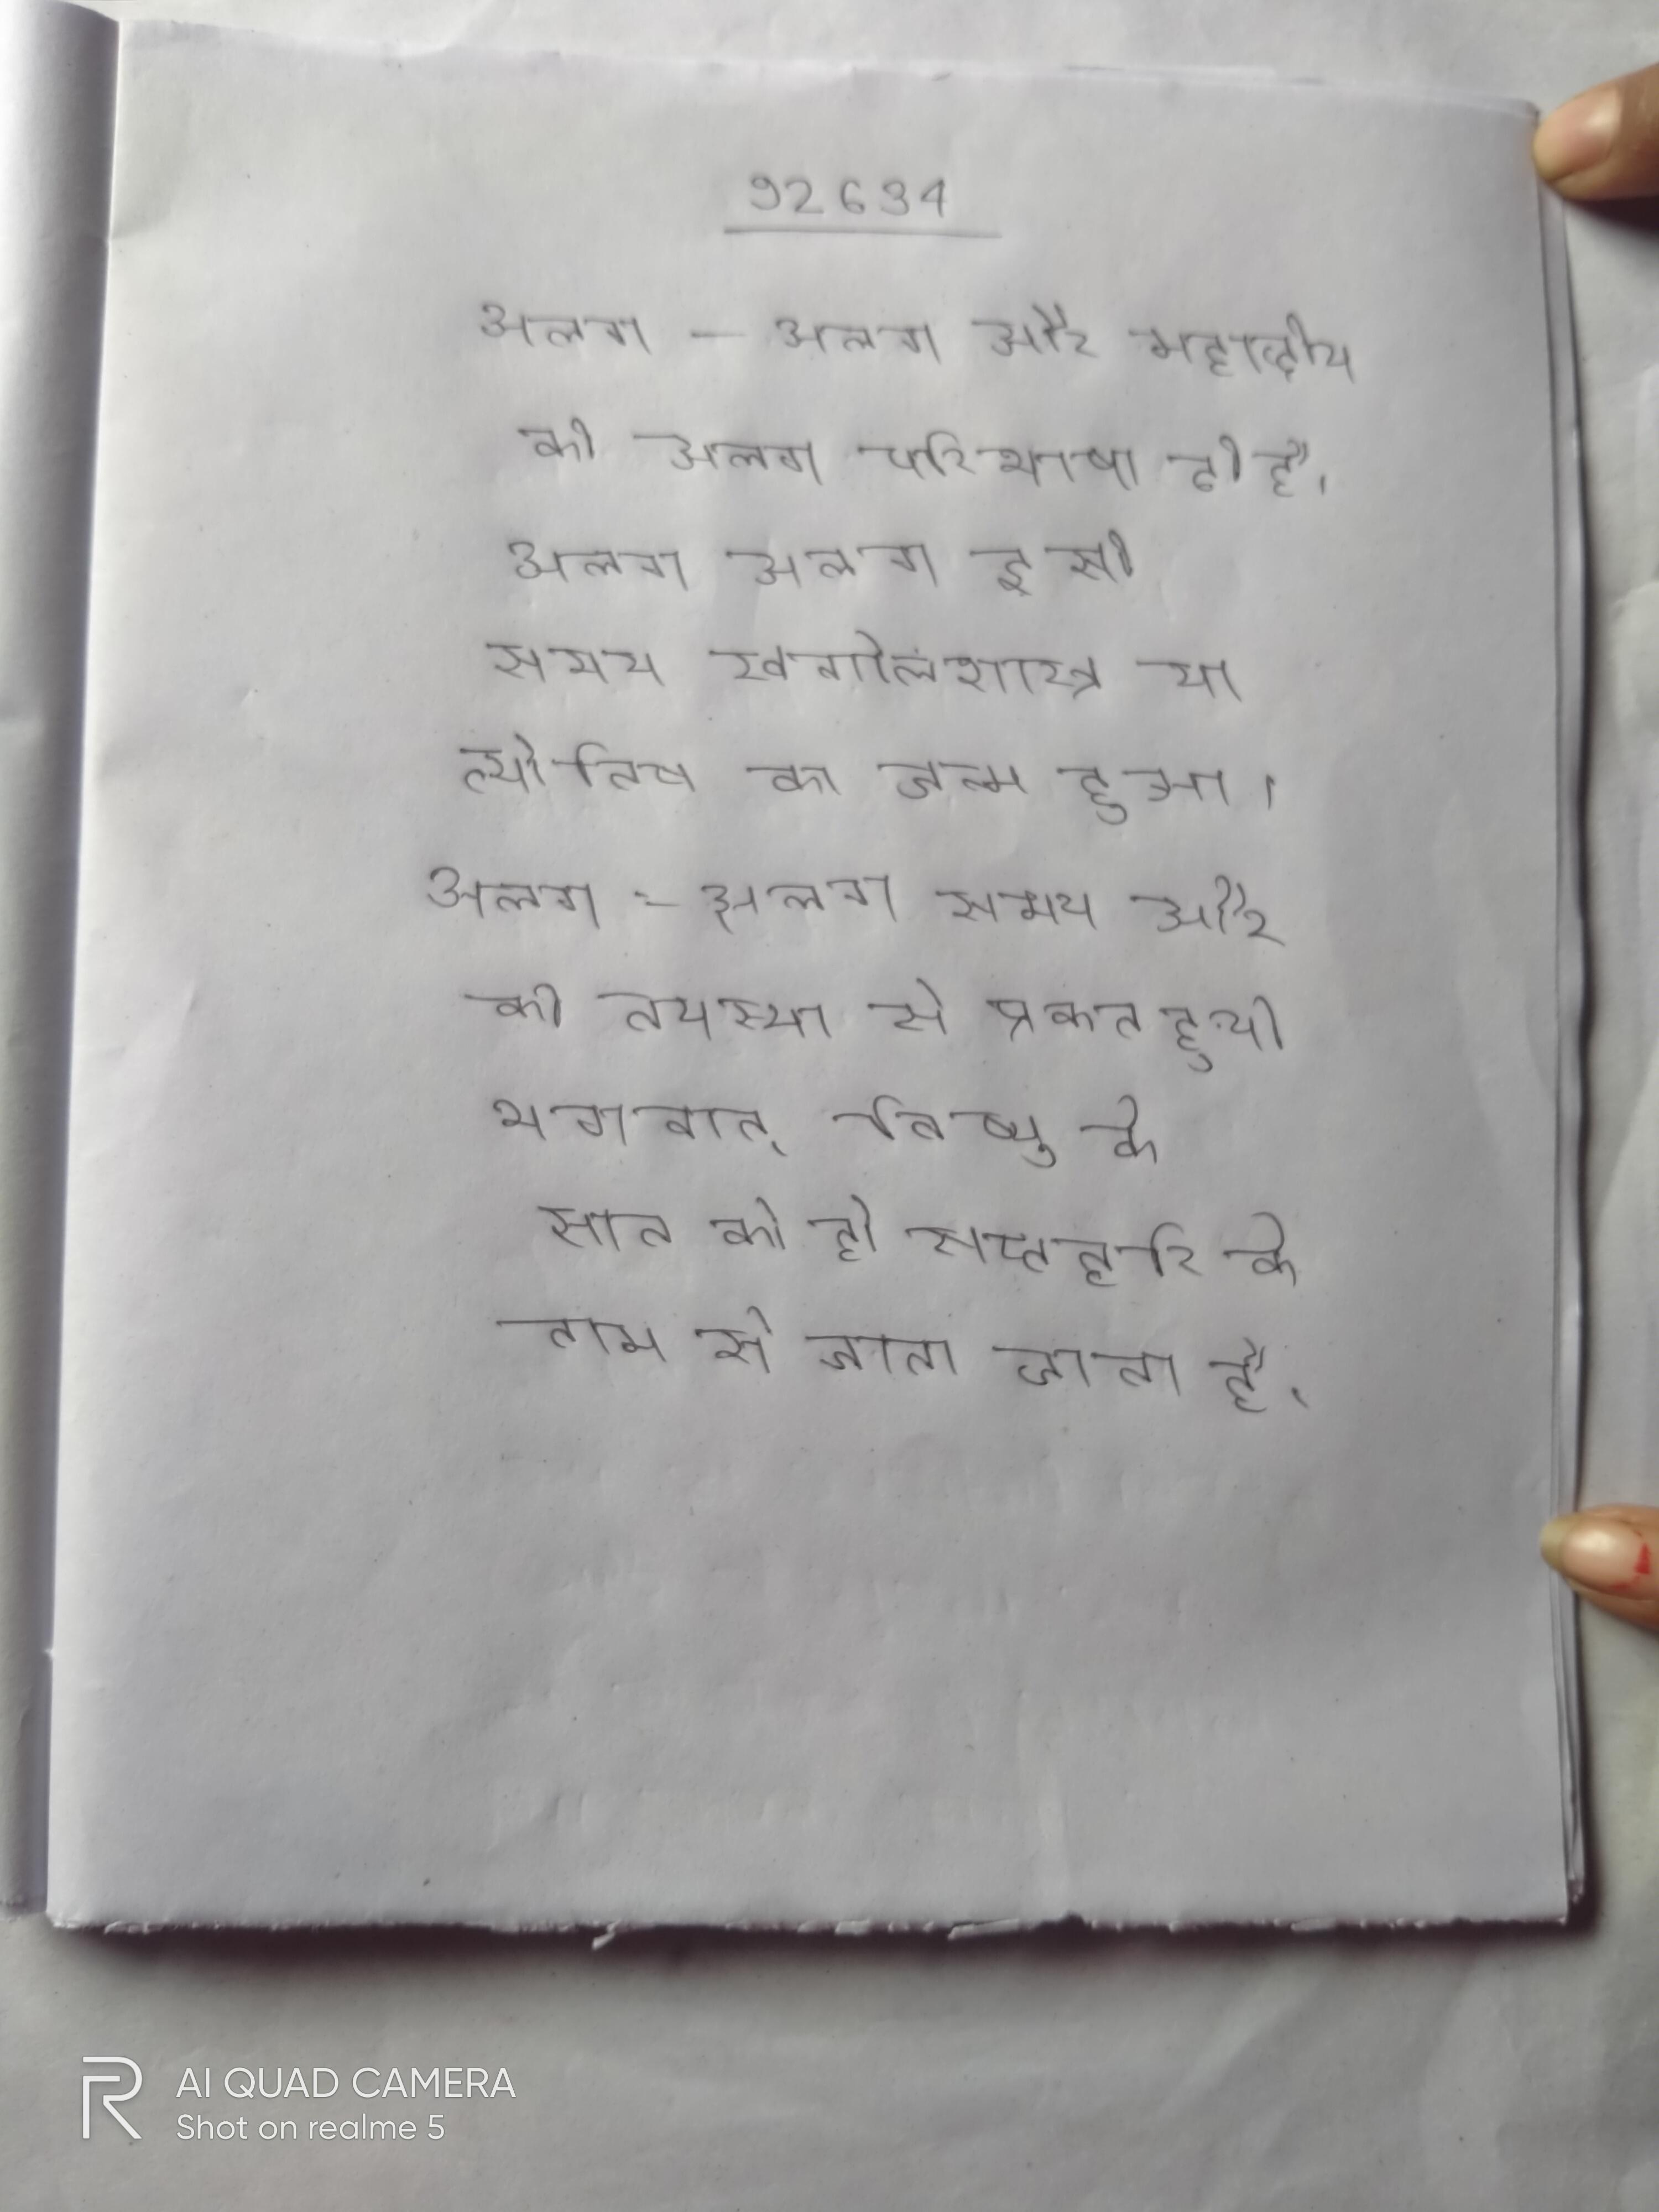
अलग-अलग और महाद्वीप की अलग परिभाषा दी है । अलग अलग इसी समय खगोलशास्त्र या ज्योतिष का जन्म हुआ । अलग-अलग समय और की तपस्या से प्रकट हुये भगवान् विष्णु के सात को ही सप्तहरि के नाम से जाना जाता है ।